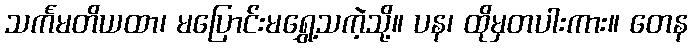
သင်္ကမတိယထာ၊ မပြောင်းမရွှေ့သကဲ့သို့။ ပန၊ ထိုမှတပါးကား။ တေန